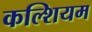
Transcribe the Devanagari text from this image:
कल्शियम